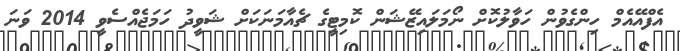
އެފްއޭއެމް ހިންގެވުން ހަވާލުކޮށް ނޯމަލައިޒޭޝަން ކޮމިޓީގެ ޗެއާމަނަކަށް ޝަވީދު ހަމަޖެއްސެވީ 2014 ވަނަ